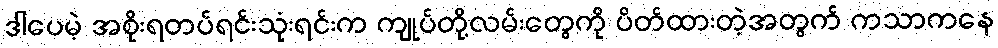
ဒါပေမဲ့ အစိုးရတပ်ရင်းသုံးရင်းက ကျုပ်တို့လမ်းတွေကို ပိတ်ထားတဲ့အတွက် ကသာကနေ